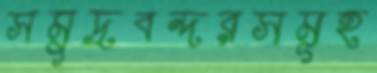
সমুদ্রবন্দরসমূহ